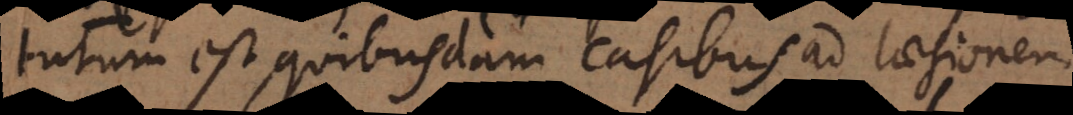
tutum est, quibusdam casibus ad laesionem